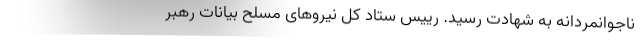
ناجوانمردانه به شهادت رسید. رییس ستاد کل نیروهای مسلح بیانات رهبر